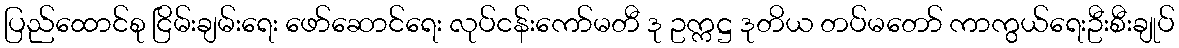
ပြည်ထောင်စု ငြိမ်းချမ်းရေး ဖော်ဆောင်ရေး လုပ်ငန်းကော်မတီ ဒု ဥက္ကဋ္ဌ ဒုတိယ တပ်မတော် ကာကွယ်ရေးဦးစီးချုပ်